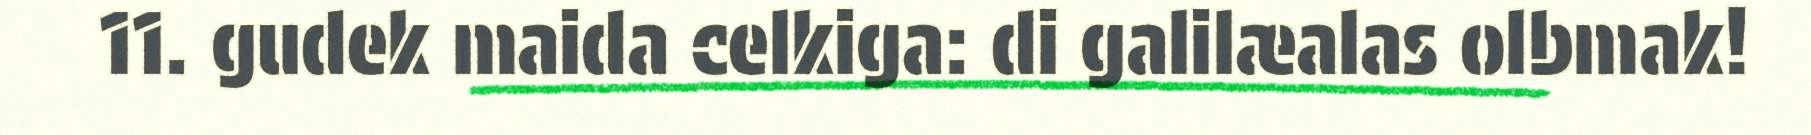
11. gudek maida celkiga: di galilæalas olbmak!